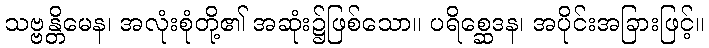
သဗ္ဗန္တိမေန၊ အလုံးစုံတို့၏ အဆုံး၌ဖြစ်သော။ ပရိစ္ဆေဒန၊ အပိုင်းအခြားဖြင့်။